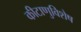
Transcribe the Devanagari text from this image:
कीटाणुविशेष